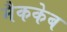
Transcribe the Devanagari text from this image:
मैककेब